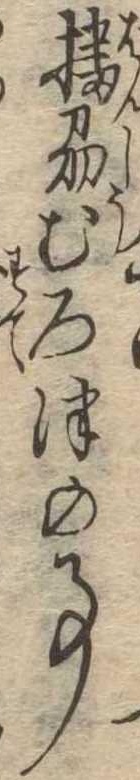
播州むろ津の事